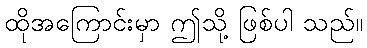
ထိုအကြောင်းမှာ ဤသို့ ဖြစ်ပါ သည်။